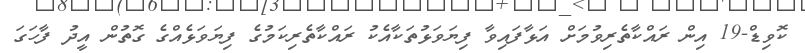
ކޮވިޑް-19 އިން ރައްކާތެރިވުމަށް އަޅާފައިވާ ފިޔަވަޅުތަކާއެކު ރައްކާތެރިކަމުގެ ފިޔަވަޅެއްގެ ގޮތުން އީދު ފާހަގަ